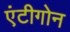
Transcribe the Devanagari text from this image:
एंटीगोन